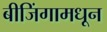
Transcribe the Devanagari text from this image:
बीजिंगामधून